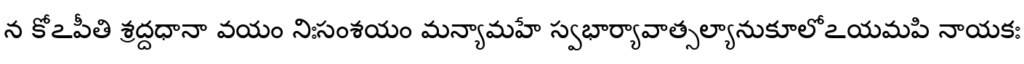
న కోఽపీతి శ్రద్దధానా వయం నిఃసంశయం మన్యామహే స్వభార్యావాత్సల్యానుకూలోఽయమపి నాయకః